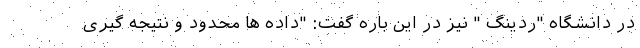
در دانشگاه "ردینگ " نیز در این باره گفت: "داده ها محدود و نتیجه گیری